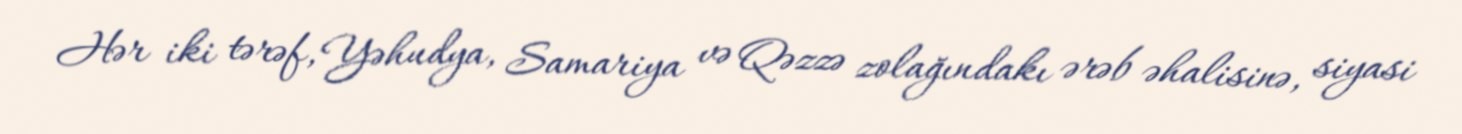
Hər iki tərəf, Yəhudya, Samariya və Qəzzə zolağındakı ərəb əhalisinə, siyasi